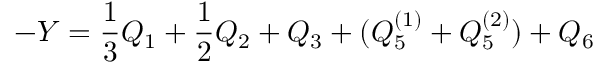
- Y = \frac { 1 } { 3 } Q _ { 1 } + \frac { 1 } { 2 } Q _ { 2 } + Q _ { 3 } + ( Q _ { 5 } ^ { ( 1 ) } + Q _ { 5 } ^ { ( 2 ) } ) + Q _ { 6 }